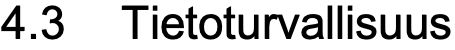
4.3 Tietoturvallisuus